Insane asylums Bombay 1873-77 - 1873-1877
Year: 1873
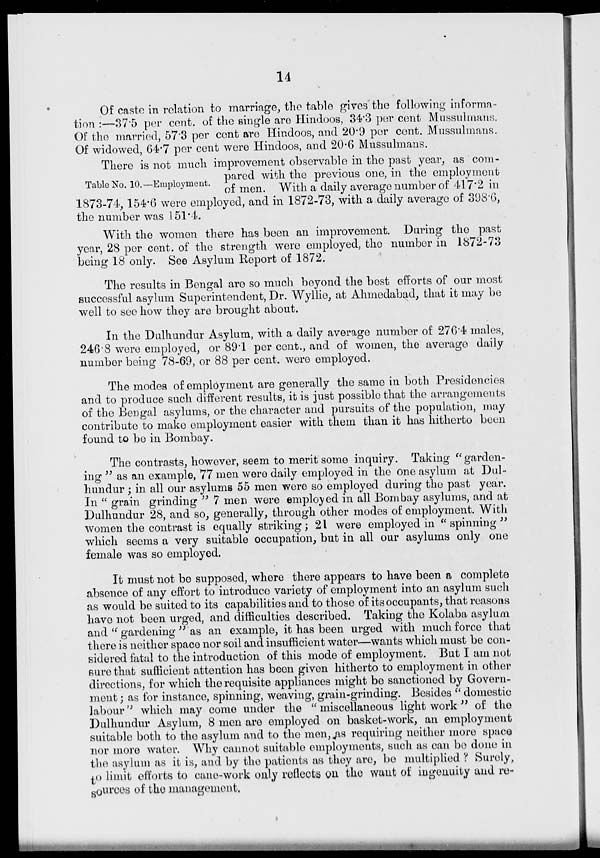
14
Of caste in relation to marriage, the table gives the following informa-
tion :—37.5 per cent. of the single are Hindoos, 34.3 per cent Mussulmans.
Of the married, 57.3 per cent are Hindoos, and 20.9 per cent. Mussulmans.
Of widowed, 64.7 per cent were Hindoos, and 20.6 Mussulmans.
Table No. 10.—Employment.
There is not much improvement observable in the past year, as com-
pared with the previous one, in the employment
of men. With a daily average number of 417.2 in
1873-74, 154.6 were employed, and in 1872-73, with a daily average of 398.6,
the number was 151.4.
With the women there has been an improvement. During the past
year, 28 per cent. of the strength were employed, the number in 1872-73
being 18 only. See Asylum Report of 1872.
The results in Bengal are so much beyond the best efforts of our most
successful asylum Superintendent, Dr. Wyllie, at Ahmedabad, that it may be
well to see how they are brought about.
In the Dulhundur Asylum, with a daily average number of 276.4 males,
246.8 were employed, or 89.1 per cent., and of women, the average daily
number being 78-69, or 88 per cent. were employed.
The modes of employment are generally the same in both Presidencies
and to produce such different results, it is just possible that the arrangements
of the Bengal asylums, or the character and pursuits of the population, may
contribute to make employment easier with them than it has hitherto been
found to be in Bombay.
The contrasts, however, seem to merit some inquiry. Taking " garden-
ing " as an example, 77 men were daily employed in the one asylum at Dul-
hundur ; in all our asylums 55 men were so employed during the past year.
In " grain grinding " 7 men were employed in all Bombay asylums, and at
Dulhundur 28, and so, generally, through other modes of employment. With
women the contrast is equally striking; 21 were employed in "spinning"
which seems a very suitable occupation, but in all our asylums only one
female was so employed.
It must not be supposed, where there appears to have been a complete
absence of any effort to introduce variety of employment into an asylum such
as would be suited to its capabilities and to those of its occupants, that reasons
have not been urged, and difficulties described. Taking the Kolaba asylum
and "gardening "as an example, it has been urged with much force that
there is neither space nor soil and insufficient water—wants which must be con-
sidered fatal to the introduction of this mode of employment. But I am not
sure that sufficient attention has been given hitherto to employment in other
directions, for which the requisite appliances might be sanctioned by Govern-
ment ; as for instance, spinning, weaving, grain-grinding. Besides " domestic
labour" which may come under the "miscellaneous light work " of the
Dulhundur Asylum, 8 men are employed on basket-work, an employment
suitable both to the asylum and to the men, as requiring neither more space
nor more water. Why cannot suitable employments, such as can be done in
the asylum as it is, and by the patients as they are, be multiplied ? Surely,
to limit efforts to cane-work only reflects on the want of ingenuity and re-
sources of the management.